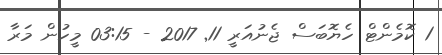
1 ކޮމެންޓް ހެޔޮބަސް ޖެނުއަރީ 11